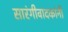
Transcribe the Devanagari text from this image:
सारंगीवादकांनी